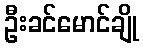
ဦးခင်မောင်ချို